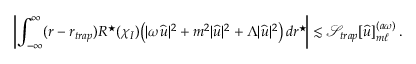
\left| \int _ { - \infty } ^ { \infty } ( r - r _ { t r a p } ) R ^ { \star } ( \chi _ { I } ) \big ( | \omega { \widehat { u } } | ^ { 2 } + m ^ { 2 } | { \widehat { u } } | ^ { 2 } + \Lambda | { \widehat { u } } | ^ { 2 } \big ) \, d r ^ { \star } \! \right| \lesssim \mathcal { S } _ { t r a p } [ { \widehat { u } } ] _ { m \ell } ^ { ( a \omega ) } \, .